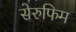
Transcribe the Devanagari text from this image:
सेरुफिम